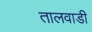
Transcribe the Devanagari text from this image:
तालवाडी